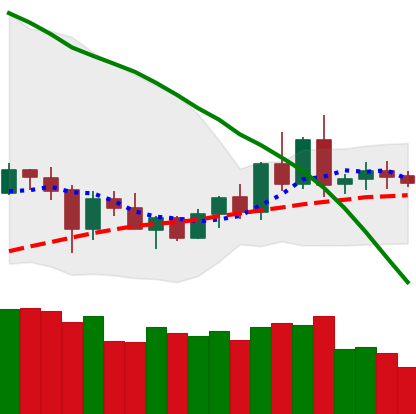
Ticker: XRP-USD
Chart end date: 2020-06-06
Forward return: -6.381%
Label: down_5_7